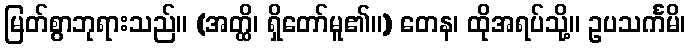
မြတ်စွာဘုရားသည်။ (အတ္ထိ၊ ရှိတော်မူ၏။) တေန၊ ထိုအရပ်သို့။ ဥပသင်္ကမိ၊